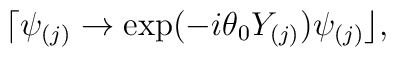
\lceil \psi _{(j)}\rightarrow \exp (-i\theta _{0}Y_{(j)})\psi _{(j)}\rfloor ,